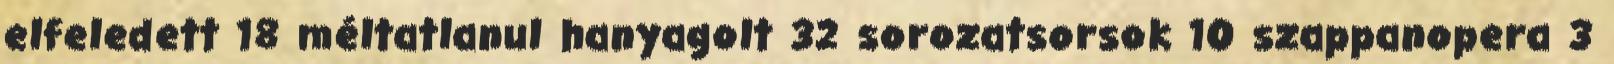
elfeledett 18 méltatlanul hanyagolt 32 sorozatsorsok 10 szappanopera 3